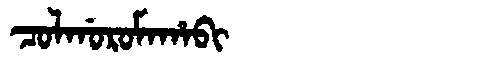
Manchu: ᠴᠣᠯᡤᠣᡵᠣᠮᠠᡥᠠᠪᡳ
Romanization: COLGOROMAHABI